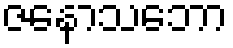
ဇနောသဘော